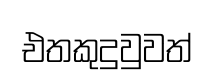
එතකුදුවුවත්